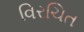
વિરચિત